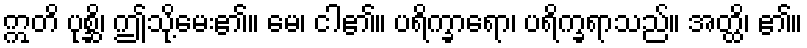
ဣတိ ပုစ္ဆိ၊ ဤသို့မေး၏။ မေ၊ ငါ၏။ ပရိက္ခာရော၊ ပရိက္ခရာသည်။ အတ္ထိ၊ ၏။